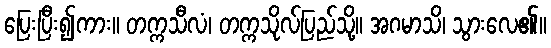
ပြေးပြီး၍ကား။ တက္ကသီလံ၊ တက္ကသိုလ်ပြည်သို့။ အဂမာသိ၊ သွားလေ၏။